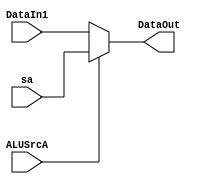
`timescale 1ns / 1ps
//////////////////////////////////////////////////////////////////////////////////
// Company: 
// Engineer: 
// 
// Design Name: 
// Module Name: Mux_TwoToOne_ForInputA
// Project Name: 
// Target Devices: 
// Tool Versions: 
// Description: 
// 
// Dependencies: 
// 
// Revision:
// Revision 0.01 - File Created
// Additional Comments:
// 
//////////////////////////////////////////////////////////////////////////////////


module Mux_TwoToOne_ForInputA( ALUSrcA, DataIn1, sa, DataOut );

    input ALUSrcA;
    input [31:0] DataIn1;
    input [31:0] sa;
    output reg [31:0] DataOut;

    always@( ALUSrcA or DataIn1 or sa ) begin
        if ( ALUSrcA == 0 )
            DataOut = DataIn1;
        else
            DataOut = sa; // sa
    end

endmodule